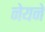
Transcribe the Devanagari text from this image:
नेयने